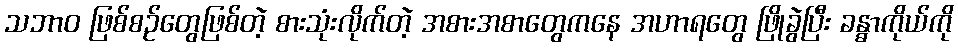
သဘာ၀ ဖြစ်စဉ်တွေဖြစ်တဲ့ စားသုံးလိုက်တဲ့ အစားအစာတွေကနေ အဟာရတွေ ဖြိုခွဲပြီး ခန္ဓာကိုယ်ကို